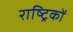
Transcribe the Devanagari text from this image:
राष्ट्रिकों